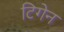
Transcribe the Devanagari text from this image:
टिगेन